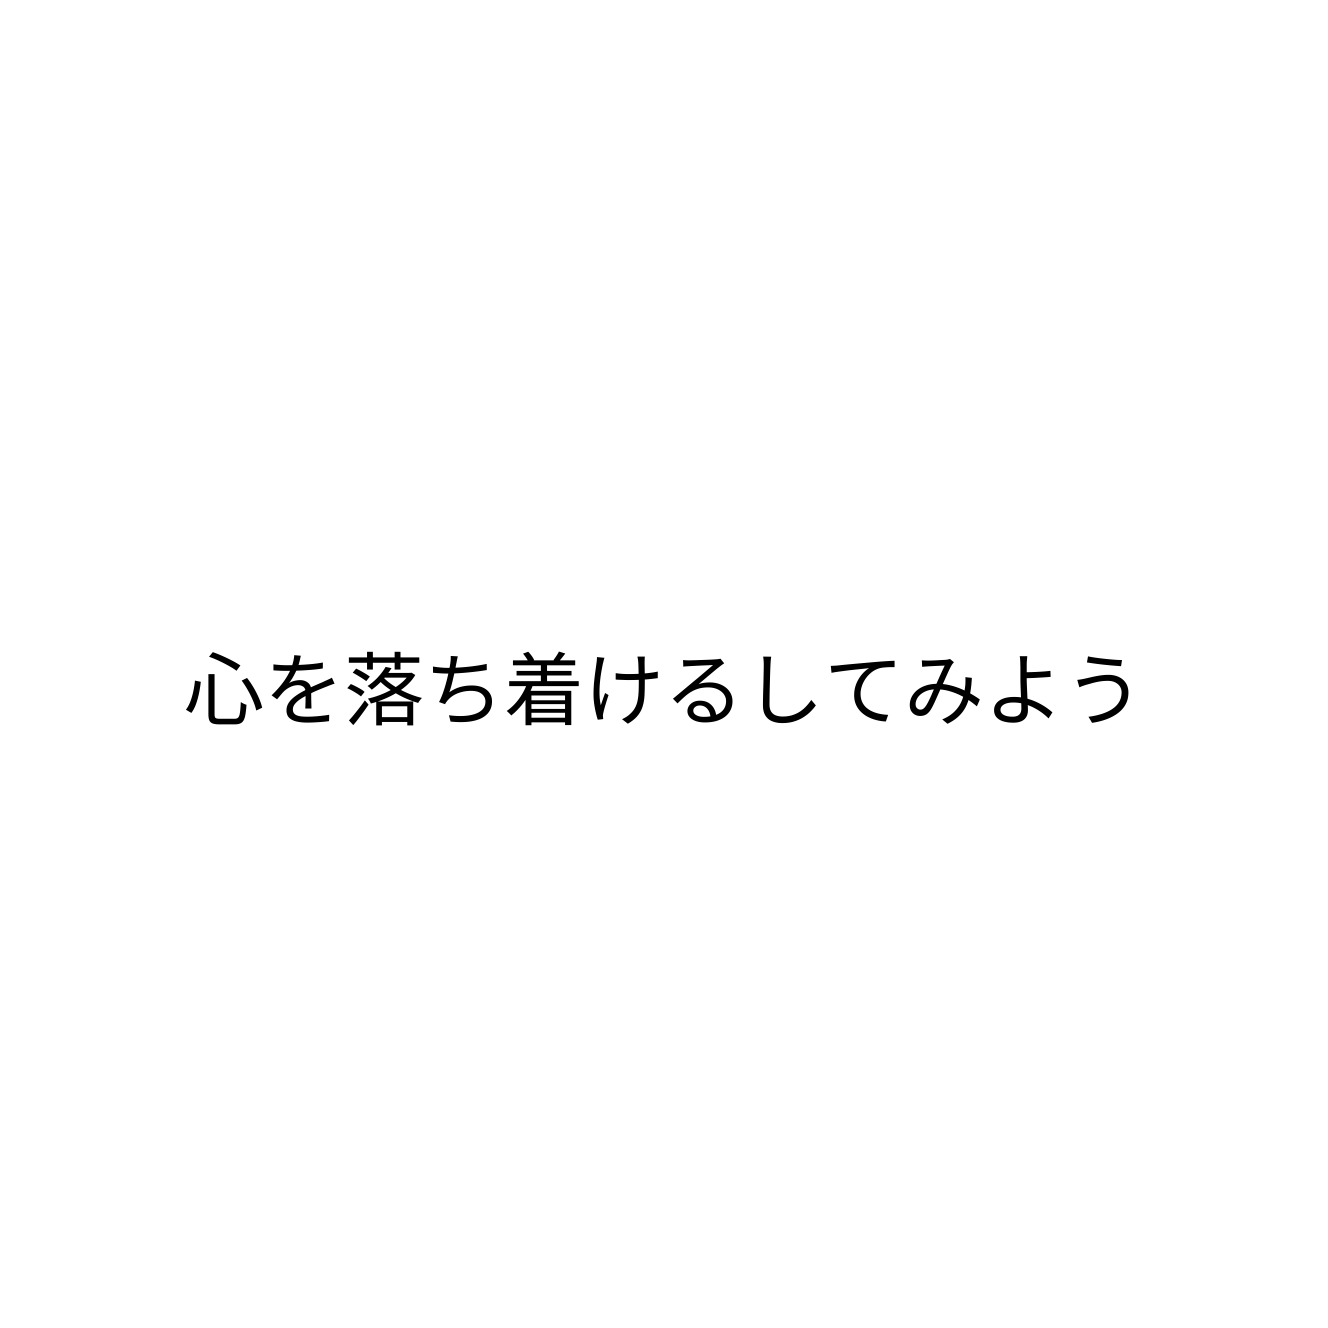
心を落ち着けるしてみよう